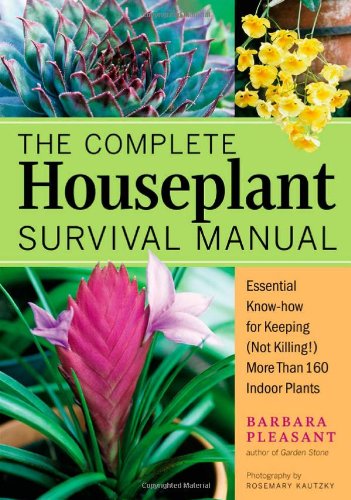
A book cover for The Complete Houseplant Survival Manual: Essential Know-How for Keeping  (Not Killing) More Than 160 Indoor Plants; Barbara Pleasant; Crafts, Hobbies & Home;